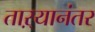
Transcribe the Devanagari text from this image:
ताऱ्यानंतर